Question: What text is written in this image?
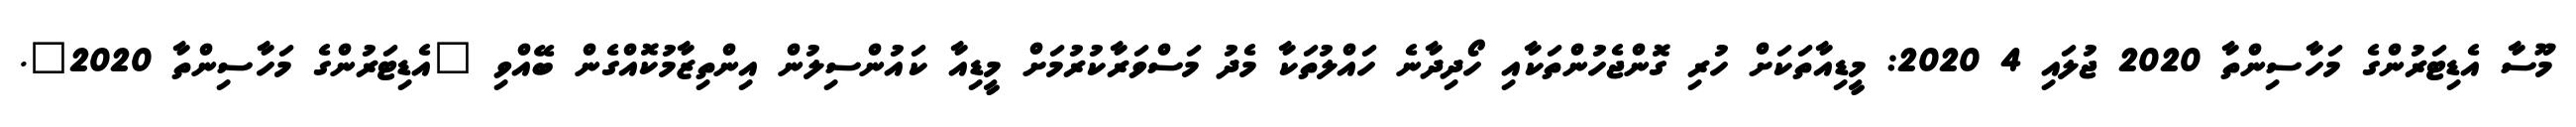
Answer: މޫސާ އެޑިޓަރުންގެ މަހާސިންތާ 2020 ޖުލައި 4 2020: މީޑިއާތަކަށް ހުރި ގޮންޖެހުންތަކާއި ހޯދިދާނެ ހައްލުތަކާ މެދު މަސްވަރާކުރުމަށް މީޑިއާ ކައުންސިލުން އިންތިޒާމުކޮއްގެން ބޭއްވި "އެޑިޓަރުންގެ މަހާސިންތާ 2020".